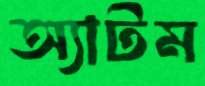
অ্যাটম